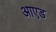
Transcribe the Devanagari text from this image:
आएड